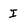
Character: I